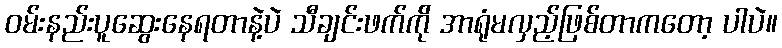
ဝမ်းနည်းပူဆွေးနေရတာနဲ့ပဲ သီချင်းဖက်က်ို အာရုံမလှည့်ဖြစ်တာကတော့ ပါပဲ။